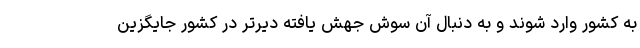
به کشور وارد شوند و به دنبال آن سوش جهش یافته دیرتر در کشور جایگزین